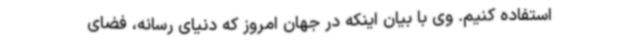
استفاده کنیم. وی با بیان اینکه در جهان امروز که دنیای رسانه، فضای